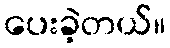
ပေးခဲ့တယ်။